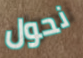
نحول